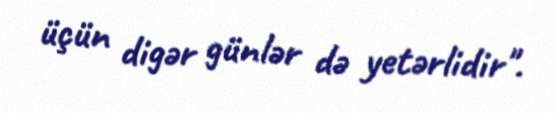
üçün digər günlər də yetərlidir".